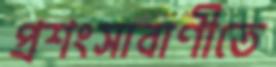
প্রশংসাবাণীতে